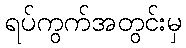
ရပ်ကွက်အတွင်းမှ